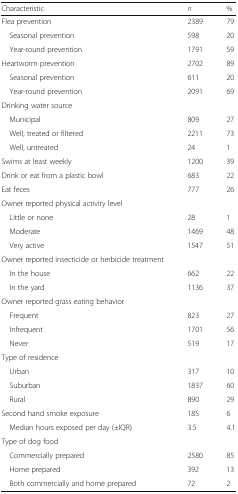
| Characteristic | n | % |
 | --- | --- | --- |
 | Flea prevention | 2389 | 79 |
 | Seasonal prevention | 598 | 20 |
 | Year-round prevention | 1791 | 59 |
 | Heartworm prevention | 2702 | 89 |
 | Seasonal prevention | 611 | 20 |
 | Year-round prevention | 2091 | 69 |
 | <COLSPAN=3> Drinking water source |
 | Municipal | 809 | 27 |
 | Well, treated or filtered | 2211 | 73 |
 | Well, untreated | 24 | 1 |
 | Swims at least weekly | 1200 | 39 |
 | Drink or eat from a plastic bowl | 683 | 22 |
 | Eat feces | 777 | 26 |
 | <COLSPAN=3> Owner reported physical activity level |
 | Little or none | 28 | 1 |
 | Moderate | 1469 | 48 |
 | Very active | 1547 | 51 |
 | Owner reported insecticide or herbicide treatment |  |  |
 | In the house | 662 | 22 |
 | In the yard | 1136 | 37 |
 | <COLSPAN=3> Owner reported grass eating behavior |
 | Frequent | 823 | 27 |
 | Infrequent | 1701 | 56 |
 | Never | 519 | 17 |
 | <COLSPAN=3> Type of residence |
 | Urban | 317 | 10 |
 | Suburban | 1837 | 60 |
 | Rural | 890 | 29 |
 | Second hand smoke exposure | 185 | 6 |
 | Median hours exposed per day (±IQR) | 3.5 | 4.1 |
 | <COLSPAN=3> Type of dog food |
 | Commercially prepared | 2580 | 85 |
 | Home prepared | 392 | 13 |
 | Both commercially and home prepared | 72 | 2 |